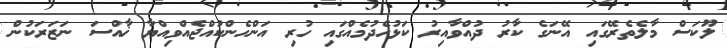
ލޫކަސް މާލެތެރޭގައި އޭނަގެ ކާރު ދުއްވާއިރު ކަޅުހެދުމެއްގައި ހުރި އަންހެންކުއްޖެއްވިއްޔާ ޚާއްސަ ނަޒަރަކުން